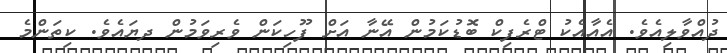
ދުއްވާލިއެވެ. އެއާއެކު ޓްރެފިކް ބޮޑުކަމުން އޭނާ އަށް ފޫހިކަން ވެރިވަމުން ދޔައެވެ. ކިތަންމެ